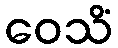
ဝေသိံ